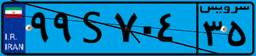
۶۵S۶۷۸۶۶